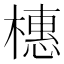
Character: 橞